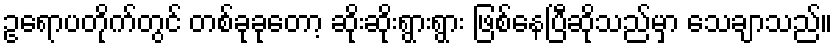
ဥရောပတိုက်တွင် တစ်ခုခုတော့ ဆိုးဆိုးရွားရွား ဖြစ်နေပြီဆိုသည်မှာ သေချာသည်။